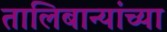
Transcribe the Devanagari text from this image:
तालिबान्यांच्या